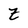
Character: Z